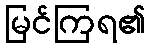
မြင်ကြရ၏